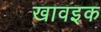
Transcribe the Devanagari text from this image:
खावइक